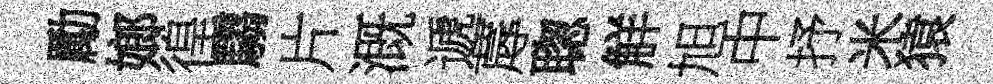
勵嫏徨騶片溉遞蓐聦觧旭中抒米猿